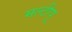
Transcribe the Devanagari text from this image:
मल्टीपू